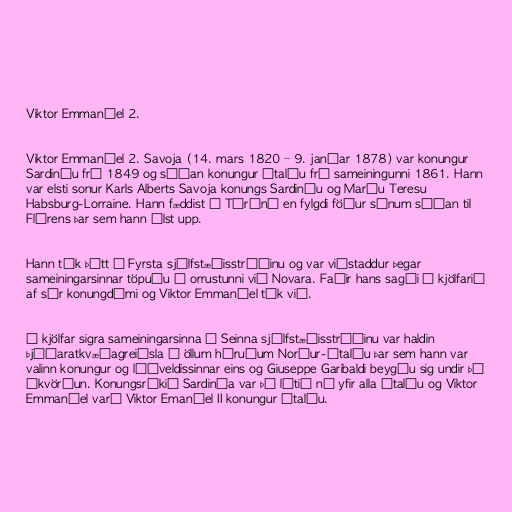
Viktor Emmanúel 2.

Viktor Emmanúel 2. Savoja (14. mars 1820 – 9. janúar 1878) var konungur
Sardiníu frá 1849 og síðan konungur Ítalíu frá sameiningunni 1861. Hann
var elsti sonur Karls Alberts Savoja konungs Sardiníu og Maríu Teresu
Habsburg-Lorraine. Hann fæddist í Tórínó en fylgdi föður sínum síðan til
Flórens þar sem hann ólst upp.

Hann tók þátt í Fyrsta sjálfstæðisstríðinu og var viðstaddur þegar
sameiningarsinnar töpuðu í orrustunni við Novara. Faðir hans sagði í kjölfarið
af sér konungdómi og Viktor Emmanúel tók við.

Í kjölfar sigra sameiningarsinna í Seinna sjálfstæðisstríðinu var haldin
þjóðaratkvæðagreiðsla í öllum héruðum Norður-Ítalíu þar sem hann var
valinn konungur og lýðveldissinnar eins og Giuseppe Garibaldi beygðu sig undir þá
ákvörðun. Konungsríkið Sardinía var þá látið ná yfir alla Ítalíu og Viktor
Emmanúel varð Viktor Emanúel II konungur Ítalíu.